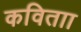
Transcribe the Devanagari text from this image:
कविताा